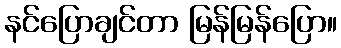
နင်ပြောချင်တာ မြန်မြန်ပြော။